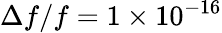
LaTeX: \Delta f/f=1\times 10^{-16}